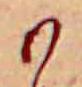
か